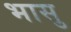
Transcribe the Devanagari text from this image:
भासु